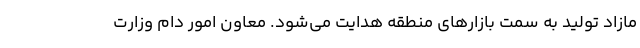
مازاد تولید به سمت بازارهای منطقه هدایت می‌شود. معاون امور دام وزارت